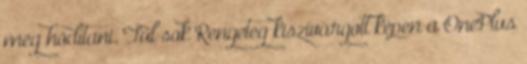
meg hódítani. Túl sok Rengeteg kiszivárgott képen a OnePlus